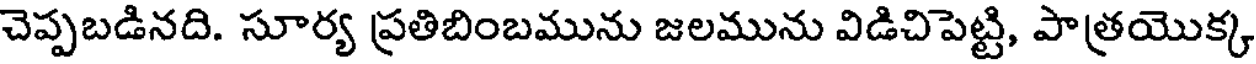
చెప్పబడినది. సూర్య ప్రతిబింబమును జలమును విడిచిపెట్టి, పాత్రయొక్క